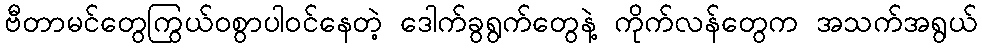
ဗီတာမင်တွေကြွယ်ဝစွာပါဝင်နေတဲ့ ဒေါက်ခွရွက်တွေနဲ့ ကိုက်လန်တွေက အသက်အရွယ်